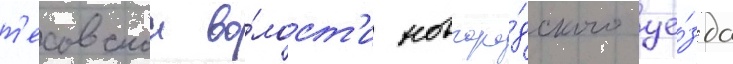
т'есовскои во́лост'и новгоро́дского уе́зда